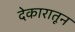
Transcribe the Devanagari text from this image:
देकारातून